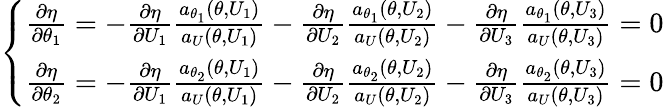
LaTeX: \left\{ \begin{array}{ll}{\frac{\partial\eta}{\partial\theta_{1}}=-\frac{\partial\eta}{\partial U_{1}}\frac{a_{\theta_{1}}(\theta,U_{1})}{a_{U}(\theta,U_{1})}-\frac{\partial\eta}{\partial U_{2}}\frac{a_{\theta_{1}}(\theta,U_{2})}{a_{U}(\theta,U_{2})}-\frac{\partial\eta}{\partial U_{3}}\frac{a_{\theta_{1}}(\theta,U_{3})}{a_{U}(\theta,U_{3})}=0}\\ {\frac{\partial\eta}{\partial\theta_{2}}=-\frac{\partial\eta}{\partial U_{1}}\frac{a_{\theta_{2}}(\theta,U_{1})}{a_{U}(\theta,U_{1})}-\frac{\partial\eta}{\partial U_{2}}\frac{a_{\theta_{2}}(\theta,U_{2})}{a_{U}(\theta,U_{2})}-\frac{\partial\eta}{\partial U_{3}}\frac{a_{\theta_{2}}(\theta,U_{3})}{a_{U}(\theta,U_{3})}=0}\end{array}\right.